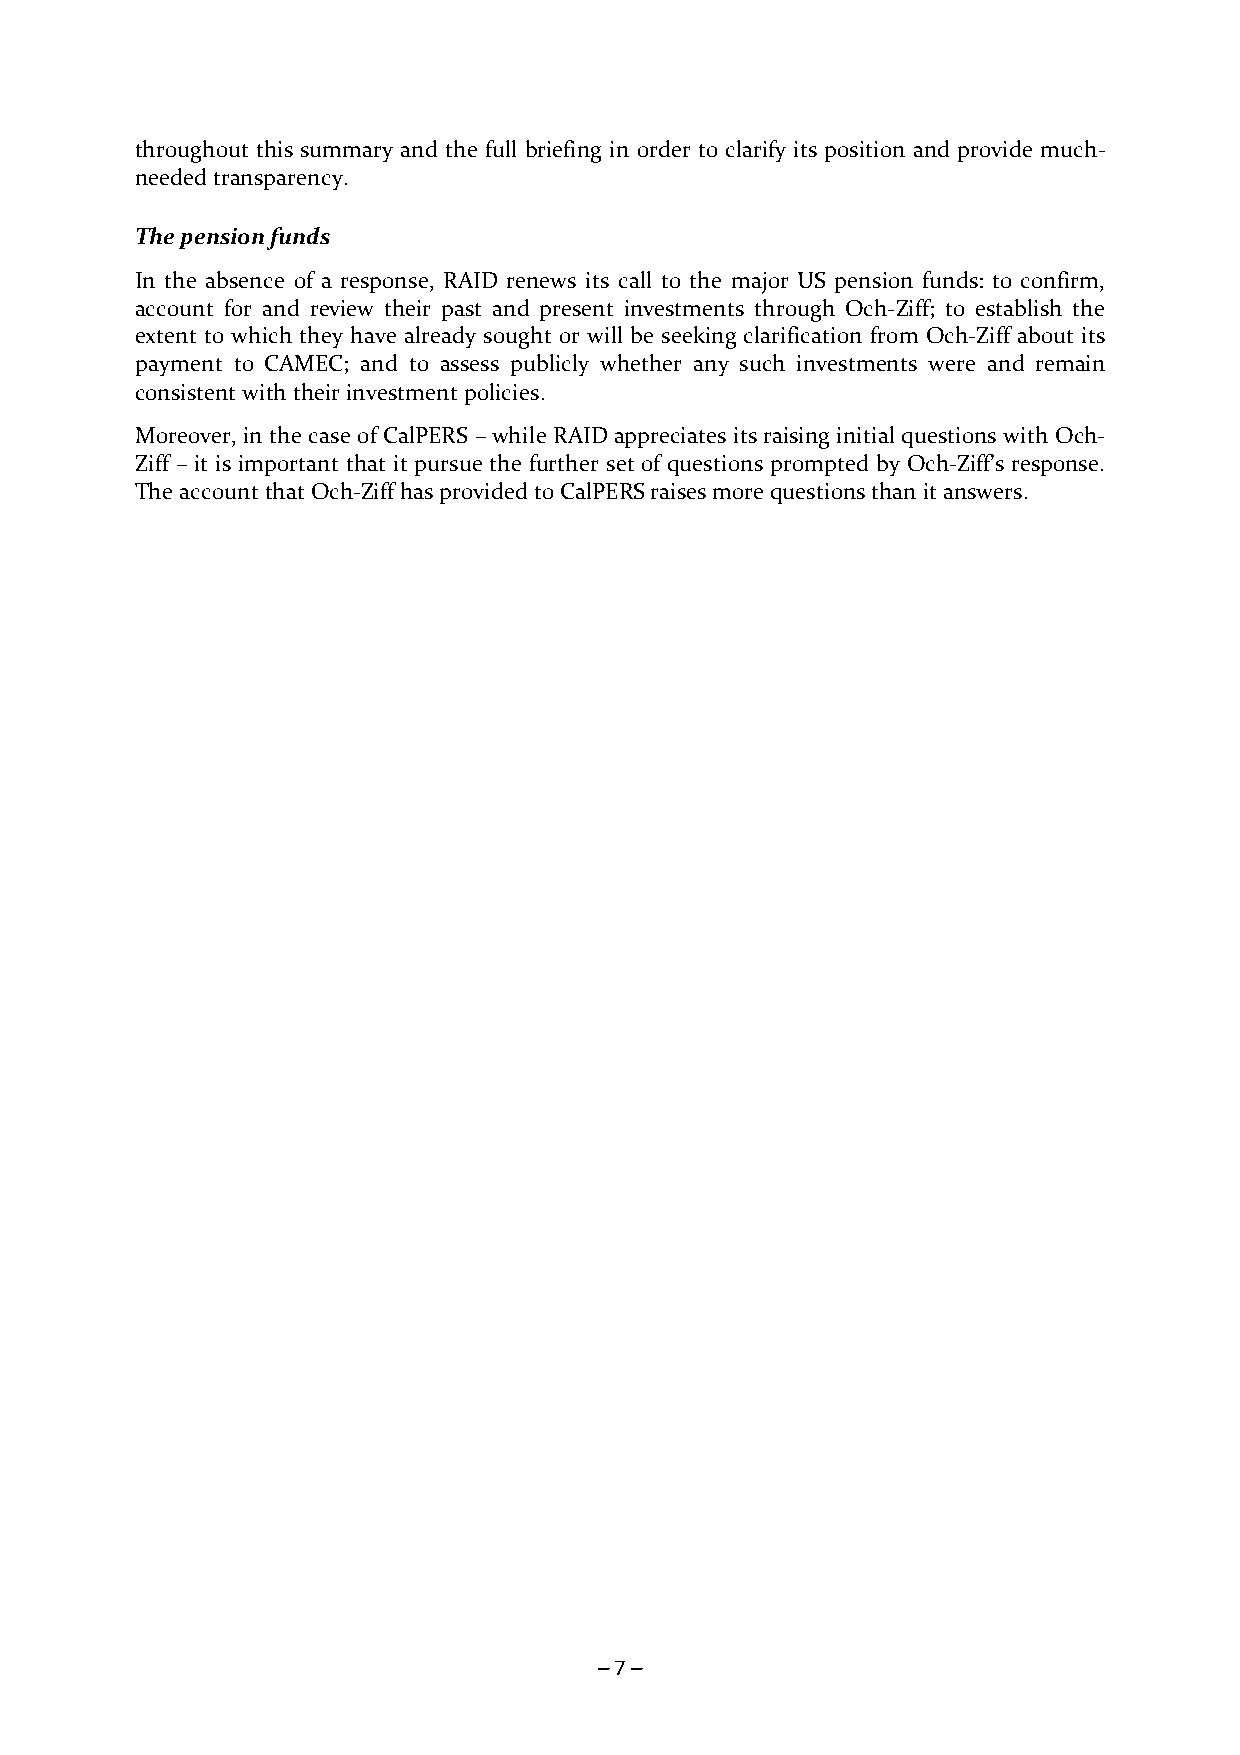
throughout this summary and the full briefing in order to clarify its position and provide much-
 needed transparency.
 The pension funds
 In the absence of a response, RAID renews its call to the major US pension funds: to confirm,
 account for and review their past and present investments through Och-Ziff; to establish the
 extent to which they have already sought or will be seeking clarification from Och-Ziff about its
 payment to CAMEC; and to assess publicly whether any such investments were and remain
 consistent with their investment policies.
 Moreover, in the case of CalPERS – while RAID appreciates its raising initial questions with Och-
 Ziff – it is important that it pursue the further set of questions prompted by Och-Ziff’s response.
 The account that Och-Ziff has provided to CalPERS raises more questions than it answers.
 – 7 –